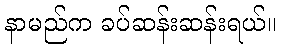
နာမည်က ခပ်ဆန်းဆန်းရယ်။